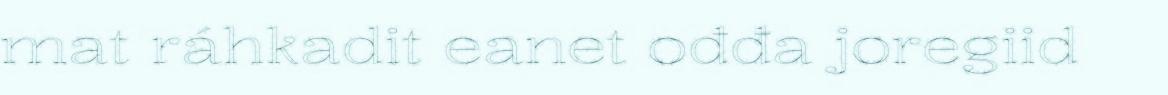
mat ráhkadit eanet ođđa joregiid